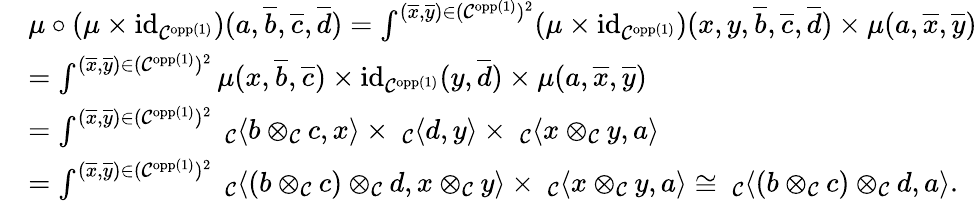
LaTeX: \begin{array}{rl}&{\mu\circ(\mu\times\textnormal{id}_{\mathcal{C}^{\textnormal{opp}(1)}})(a,\overline{{b}},\overline{{c}},\overline{{d}})=\int^{(\overline{{x}},\overline{{y}})\in(\mathcal{C}^{\textnormal{opp}(1)})^{2}}(\mu\times\textnormal{id}_{\mathcal{C}^{\textnormal{opp}(1)}})(x,y,\overline{{b}},\overline{{c}},\overline{{d}})\times\mu(a,\overline{{x}},\overline{{y}})}\\ &{=\int^{(\overline{{x}},\overline{{y}})\in(\mathcal{C}^{\textnormal{opp}(1)})^{2}}\mu(x,\overline{{b}},\overline{{c}})\times\textnormal{id}_{\mathcal{C}^{\textnormal{opp}(1)}}(y,\overline{{d}})\times\mu(a,\overline{{x}},\overline{{y}})}\\ &{=\int^{(\overline{{x}},\overline{{y}})\in(\mathcal{C}^{\textnormal{opp}(1)})^{2}}\ _{\mathcal{C}}\langle b\otimes_{\mathcal{C}}c,x\rangle\times\ _{\mathcal{C}}\langle d,y\rangle\times\ _{\mathcal{C}}\langle x\otimes_{\mathcal{C}}y,a\rangle}\\ &{=\int^{(\overline{{x}},\overline{{y}})\in(\mathcal{C}^{\textnormal{opp}(1)})^{2}}\ _{\mathcal{C}}\langle(b\otimes_{\mathcal{C}}c)\otimes_{\mathcal{C}}d,x\otimes_{\mathcal{C}}y\rangle\times\ _{\mathcal{C}}\langle x\otimes_{\mathcal{C}}y,a\rangle\cong\ _{\mathcal{C}}\langle(b\otimes_{\mathcal{C}}c)\otimes_{\mathcal{C}}d,a\rangle.}\end{array}